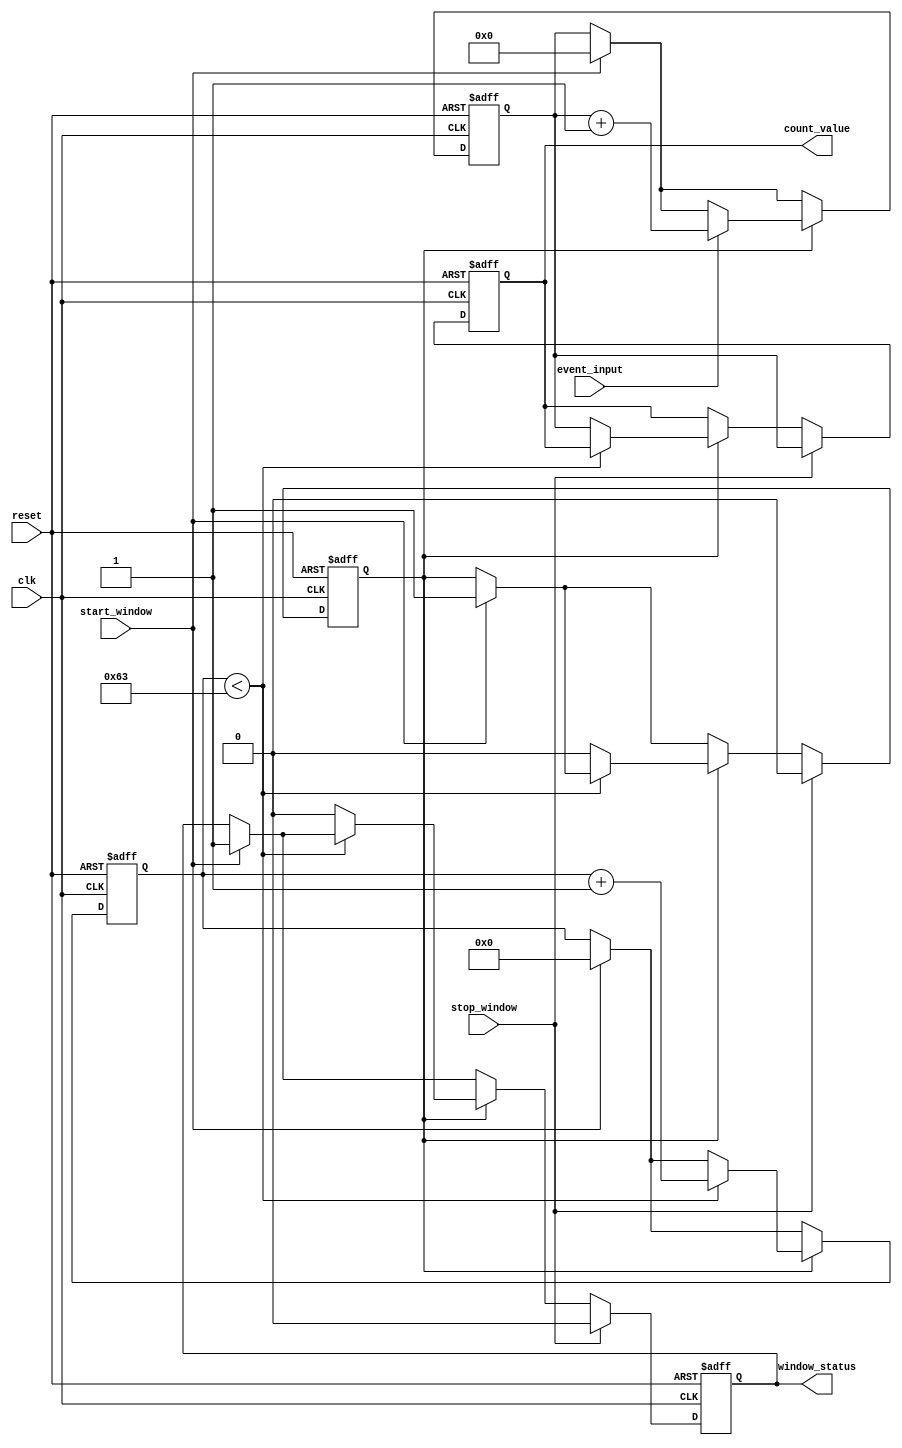
module windowed_counter #(
    parameter BIT_WIDTH = 8,        // Bit width of the counter
    parameter WINDOW_DURATION = 100  // Duration of the counting window in clock cycles
)(
    input wire clk,                  // Clock signal
    input wire reset,                // Asynchronous reset signal
    input wire event_input,          // External event signal
    input wire start_window,         // Signal to start the counting window
    input wire stop_window,          // Signal to stop the counting window
    output reg [BIT_WIDTH-1:0] count_value, // Stored count value
    output reg window_status         // Indicates if the counter is active
);

    reg [BIT_WIDTH-1:0] counter;     // Counter register
    reg [6:0] window_counter;         // Counter for window duration (7 bits for max 127)
    reg counting;                     // Internal flag to indicate counting state

    // Asynchronous reset and counting logic
    always @(posedge clk or posedge reset) begin
        if (reset) begin
            counter <= 0;
            count_value <= 0;
            window_counter <= 0;
            window_status <= 0;
            counting <= 0;
        end else begin
            // Start counting on start_window signal
            if (start_window) begin
                counting <= 1;
                counter <= 0; // Reset counter on new window
                window_counter <= 0; // Reset window counter
                window_status <= 1; // Set window status to active
            end
            
            // Count events while counting is active
            if (counting) begin
                if (event_input) begin
                    counter <= counter + 1; // Increment counter on event
                end
                
                // Increment window counter
                if (window_counter < WINDOW_DURATION - 1) begin
                    window_counter <= window_counter + 1;
                end else begin
                    // Window duration expired
                    counting <= 0; // Stop counting
                    count_value <= counter; // Store count value
                    window_status <= 0; // Set window status to inactive
                end
            end
            
            // Stop counting on stop_window signal
            if (stop_window) begin
                counting <= 0; // Stop counting
                count_value <= counter; // Store count value
                window_status <= 0; // Set window status to inactive
            end
        end
    end

endmodule